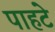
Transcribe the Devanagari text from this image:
पाहटे